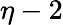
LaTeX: \eta-2